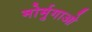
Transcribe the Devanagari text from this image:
मोर्मुगाओ